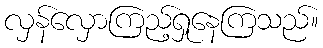
လှန်လှောကြည့်ရှုနေကြသည်။